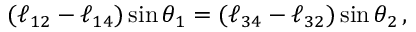
( \ell _ { 1 2 } - \ell _ { 1 4 } ) \sin \theta _ { 1 } = ( \ell _ { 3 4 } - \ell _ { 3 2 } ) \sin \theta _ { 2 } \, ,